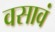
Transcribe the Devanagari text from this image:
वसावं